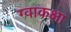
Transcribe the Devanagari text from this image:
ग्वाकक्षा